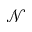
\mathcal { N }